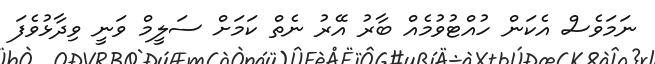
ނަމަވެސް އެކަން ހުއްޓުވުމެއް ބާރު އޭރު ނެތް ކަމަށް ސަލީމް ވަނީ ވިދާޅުވެފަ